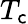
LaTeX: T_{\mathsf{c}}